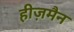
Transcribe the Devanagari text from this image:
हीज़मैन